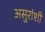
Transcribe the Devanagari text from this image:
असुरांशी